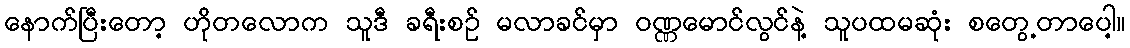
နောက်ပြီးတော့ ဟိုတလောက သူဒီ ခရီးစဉ် မလာခင်မှာ ဝဏ္ဏမောင်လွင်နဲ့ သူပထမဆုံး စတွေ့တာပေါ့။